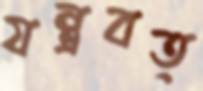
যন্ত্রবত্